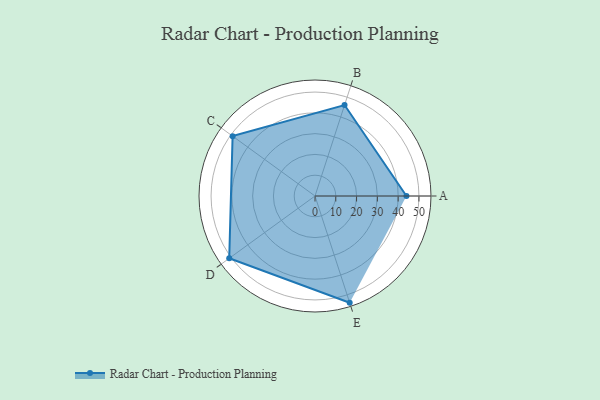
{"axis": {"x": "Skill", "y": "Score"}, "legend": ["Profile"], "data": [{"x": "A", "y": 44.0, "type": "Profile"}, {"x": "B", "y": 46.0, "type": "Profile"}, {"x": "C", "y": 49.0, "type": "Profile"}, {"x": "D", "y": 51.0, "type": "Profile"}, {"x": "E", "y": 54.0, "type": "Profile"}]}